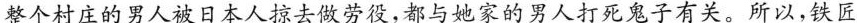
整个村庄的男人被日本人掠去做劳役,都与她家的男人打死鬼子有关。所以,铁匠